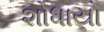
શોધાયો